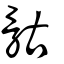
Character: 骷